画像に写った文字を読んでください
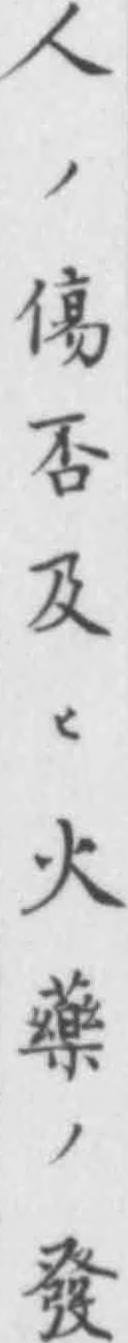
「人ノ傷否及ヒ火藥ノ發」と書いてあります